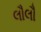
લૌલૌ